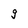
Character: g